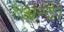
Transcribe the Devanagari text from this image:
अन्द।